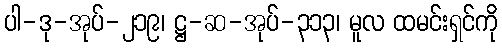
ပါ-ဒု-အုပ်-၂၁၉၊ ဋ္ဌ-ဆ-အုပ်-၃၁၃၊ မူလ ထမင်းရှင်ကို